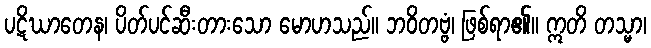
ပဋိဃာတေန၊ ပိတ်ပင်ဆီးတားသော မောဟသည်။ ဘဝိတဗ္ဗံ၊ ဖြစ်ရာ၏။ ဣတိ တသ္မာ၊